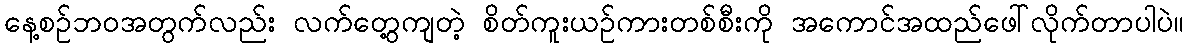
နေ့စဉ်ဘဝအတွက်လည်း လက်တွေ့ကျတဲ့ စိတ်ကူးယဉ်ကားတစ်စီးကို အကောင်အထည်ဖေါ်လိုက်တာပါပဲ။